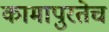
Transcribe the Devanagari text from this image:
कामापुरतेच